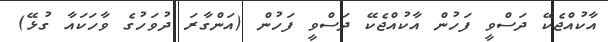
އާކުއްޖެކޭ ދަސްވީ ފަހުން އާކުއްޖެކޭ ދަސްވީ ފަހުން (އަންގާރަ ދުވަހުގެ ވާހަކައާ ގުޅޭ)